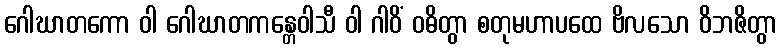
ဂေါဃာတကော ဝါ ဂေါဃာတကန္တေဝါသီ ဝါ ဂါဝိံ ဝဓိတွာ စတုမဟာပထေ ဗိလသော ဝိဘဇိတွာ